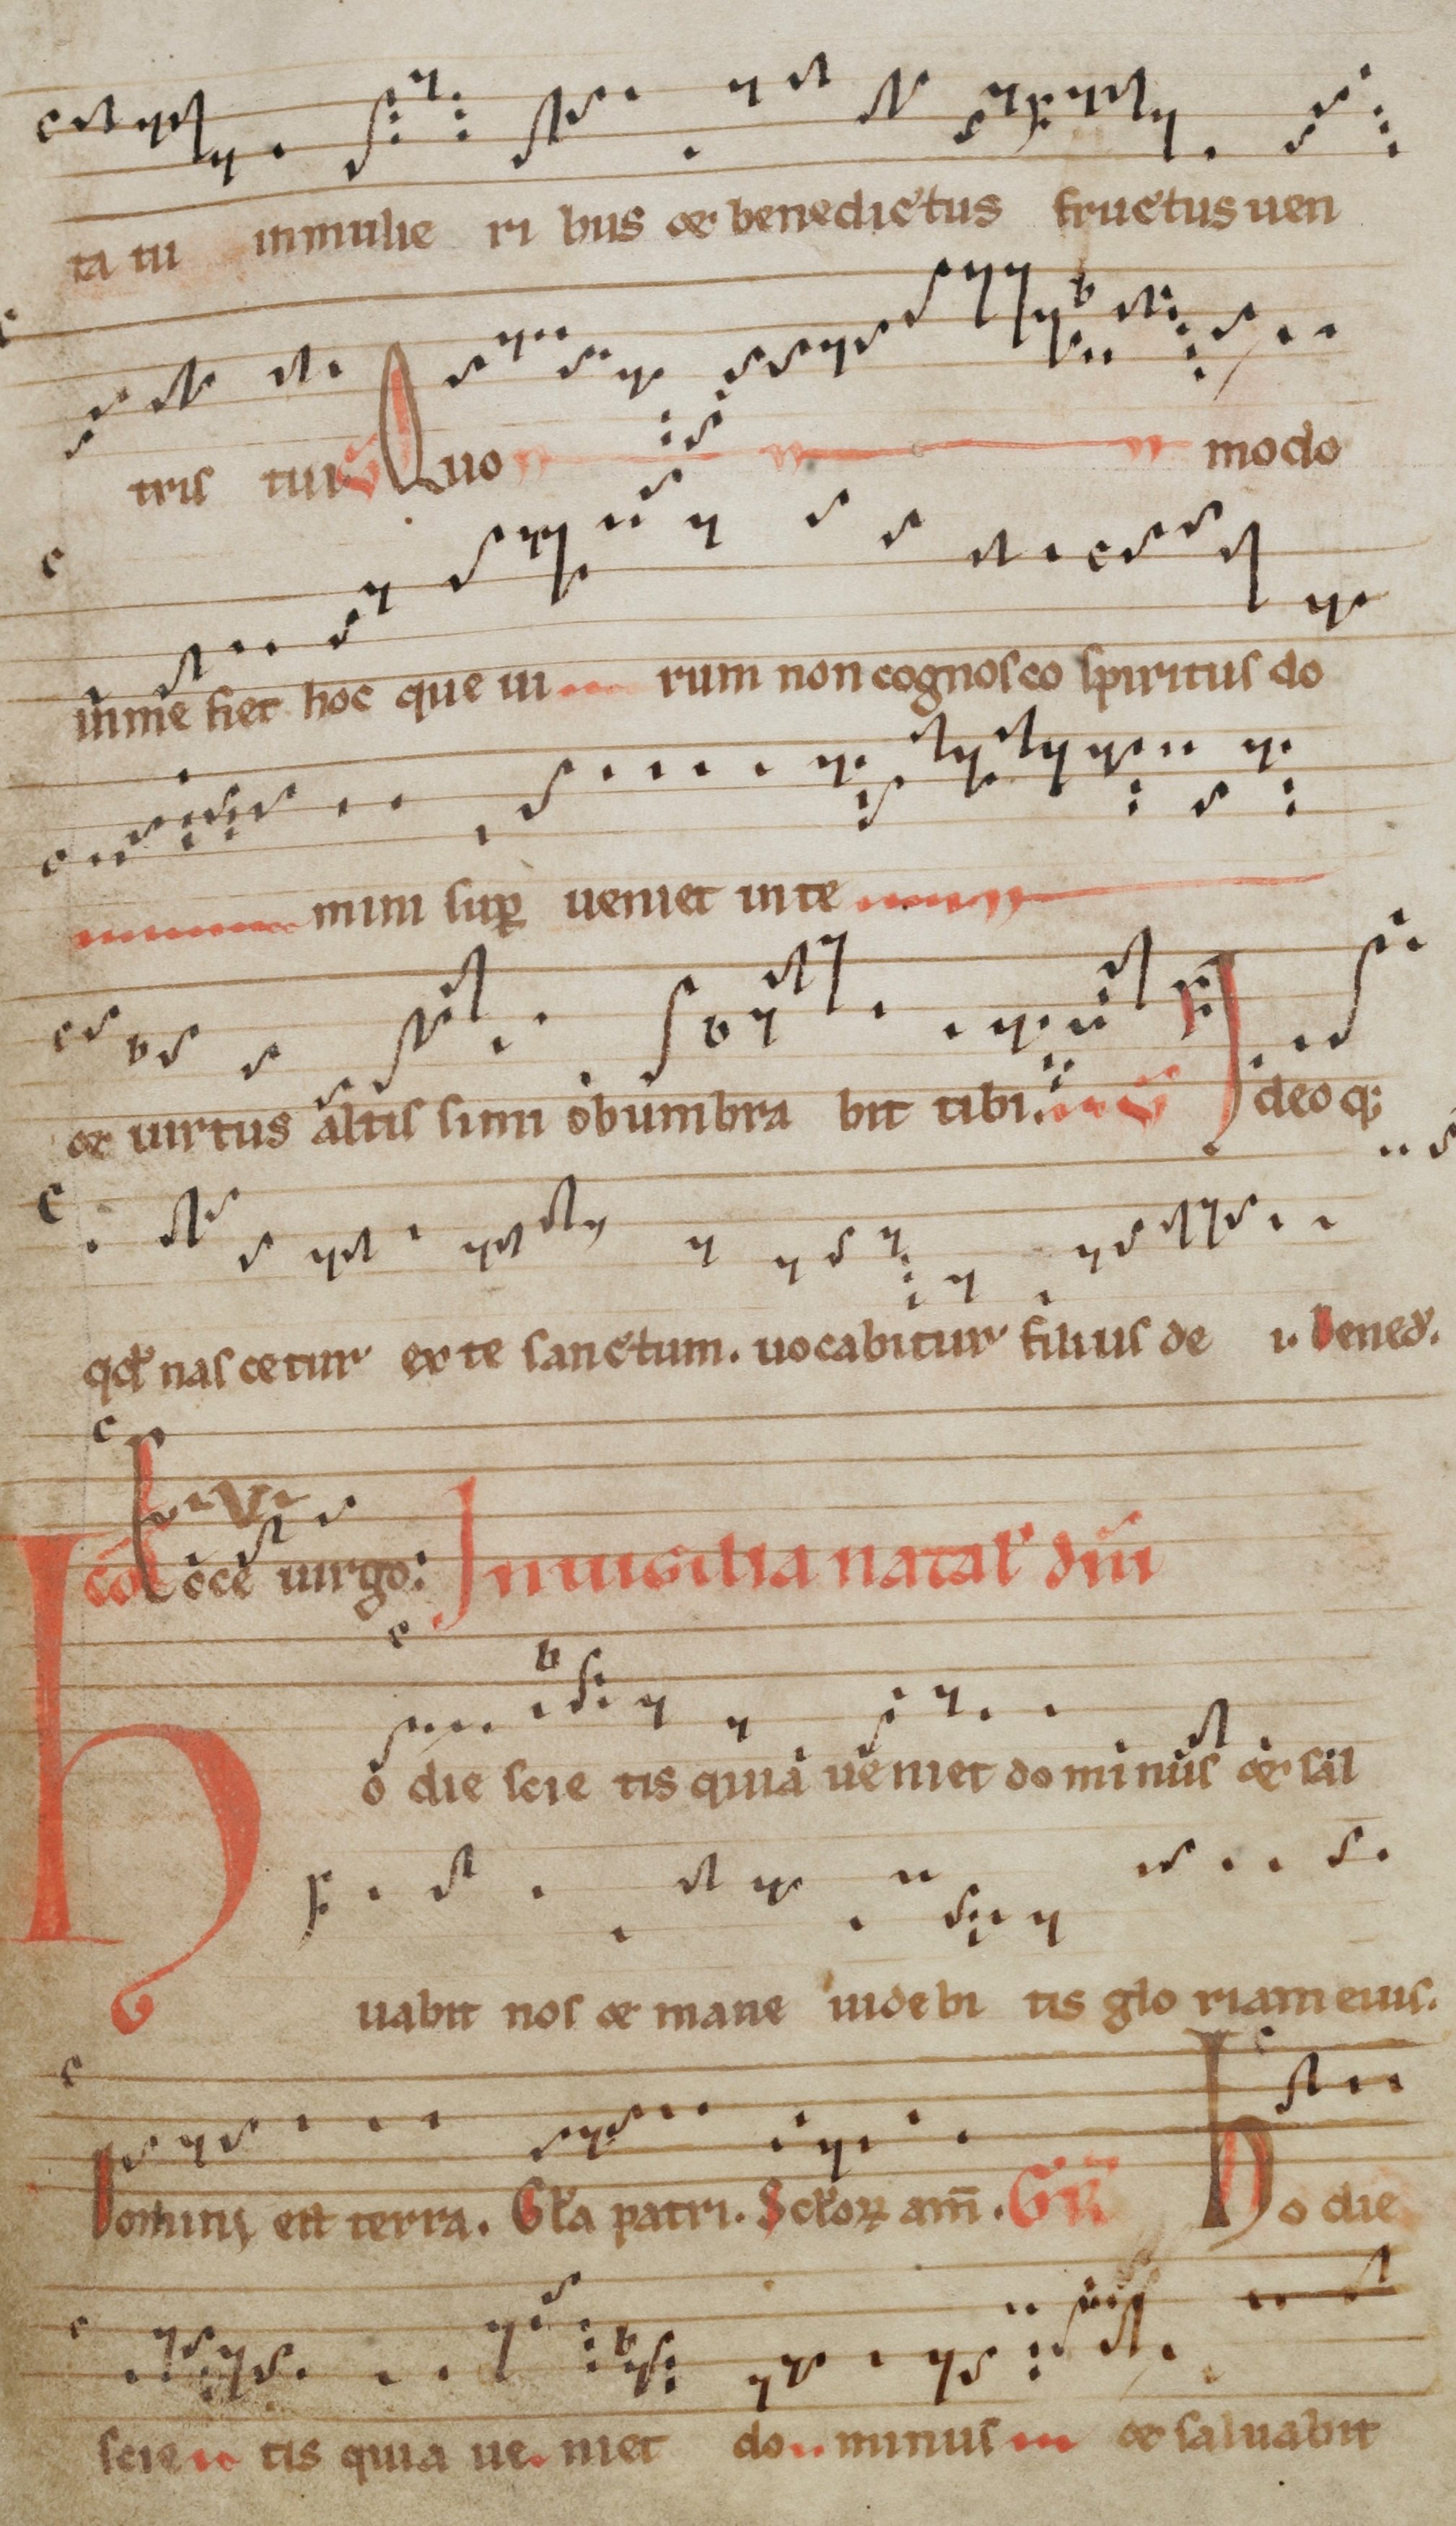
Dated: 1140–1170